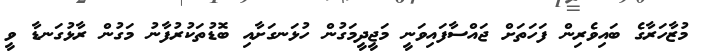
މުޒާހަރާގެ ބައިވެރިން ފަހަތަށް ޖައްސާފައިވަނީ މަޖީދީމަގުން ހުޅަނގަށާއި ބޮޑުތަކުރުފާނު މަގުން ރާޅުގަނޑާ ވީ